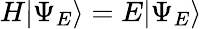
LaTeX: H|\Psi_{E}\rangle=E|\Psi_{E}\rangle